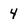
Character: 4